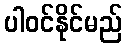
ပါဝင်နိုင်မည်